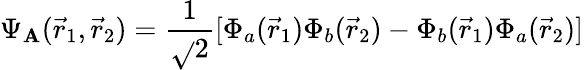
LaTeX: \Psi_{\mathbf{A}}({\vec{{r}}}_{1},{\vec{{r}}}_{2})={\frac{{1}}{{\sqrt{}{{2}}}}}[\Phi_{a}({\vec{{r}}}_{1})\Phi_{b}({\vec{{r}}}_{2})-\Phi_{b}({\vec{{r}}}_{1})\Phi_{a}({\vec{{r}}}_{2})]